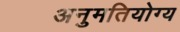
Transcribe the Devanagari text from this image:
अनुमतियोग्य